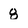
Character: 8